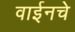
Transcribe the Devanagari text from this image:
वाईनचे